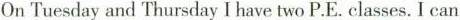
On Tuesday and Thursday I have two P.E. Classes. I can